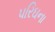
પરિઘના